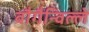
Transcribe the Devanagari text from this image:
बौगैन्विल्ले